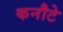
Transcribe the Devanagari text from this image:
कनौटे